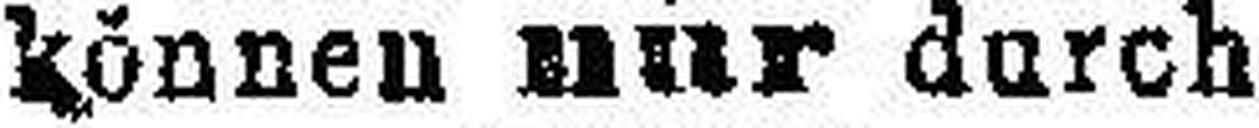
können nur durch